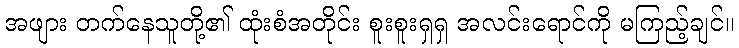
အဖျား တက်နေသူတို့၏ ထုံးစံအတိုင်း စူးစူးရှရှ အလင်းရောင်ကို မကြည့်ချင်။